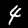
Label: 4